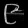
Digit: ၉